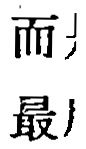
而 最